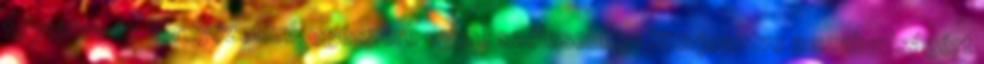
folytatva és környezetünk egészére egyre szélesebben kiterjesztve a szabadságért